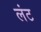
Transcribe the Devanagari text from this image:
लंट